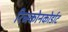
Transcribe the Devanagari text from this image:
रिच्स्कोनकोर्डाट